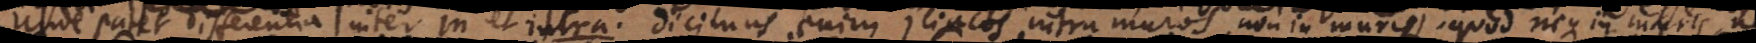
Unde patet differentia inter in et intra. Dicimus enim Iliacos intra muros, non in muris, quod neque in muris, n